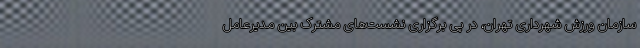
سازمان ورزش شهرداری تهران، در پی برگزاری نشست‌های مشترک بین مدیرعامل